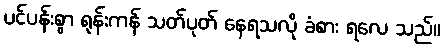
ပင်ပန်းစွာ ရုန်းကန် သတ်ပုတ် နေရသလို ခံစား ရလေ သည်။